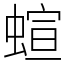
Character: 蝖